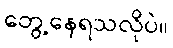
တွေ့နေရသလိုပဲ။